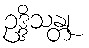
ဥဒ္ဒိသန္တု